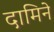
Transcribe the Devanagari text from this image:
दामिने